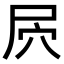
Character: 屄